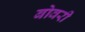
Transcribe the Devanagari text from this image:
बोवरी